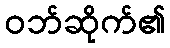
ဝဘ်ဆိုက်၏